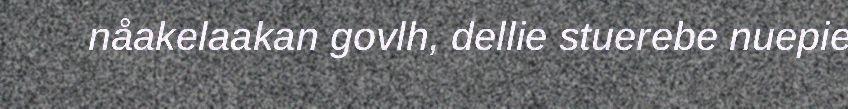
nåakelaakan govlh, dellie stuerebe nuepie